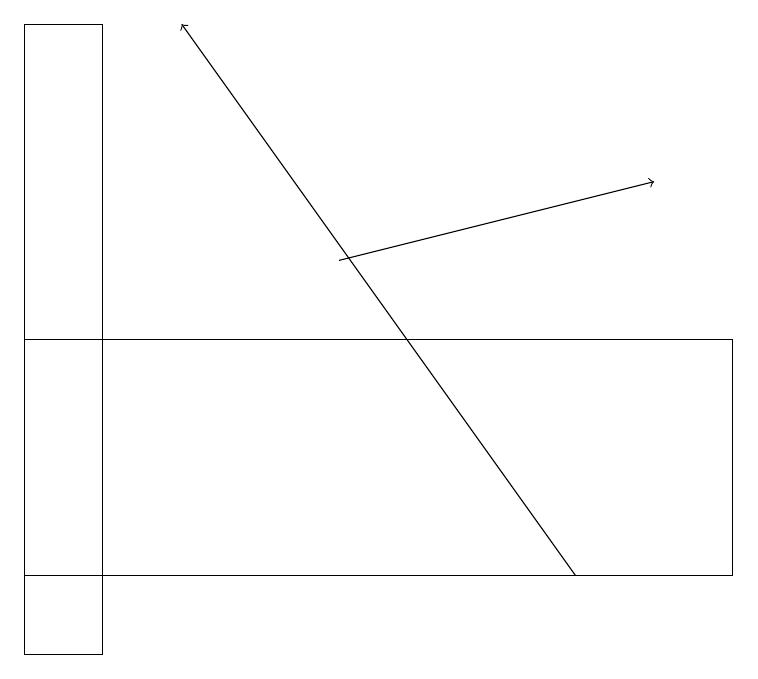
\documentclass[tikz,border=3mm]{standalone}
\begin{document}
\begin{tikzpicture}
\draw[->] (4,15) -- (8,16);
\draw (0,10) rectangle (1,18);
\draw (9,14) rectangle (0,11);
\draw[->] (7,11) -- (2,18);
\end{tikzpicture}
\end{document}